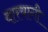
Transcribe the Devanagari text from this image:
वारयागी